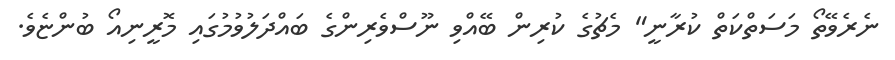
ނެރެވޭތޯ މަސަތްކަތް ކުރާނީ" މެޗުގެ ކުރިން ބޭއްވި ނޫސްވެރިންގެ ބައްދަލުވުމުގައި މޮރީނިއޯ ބުންޏެވެ.